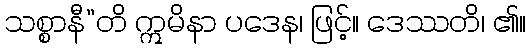
သစ္စာနီ”တိ ဣမိနာ ပဒေန၊ ဖြင့်။ ဒေဿတိ၊ ၏။